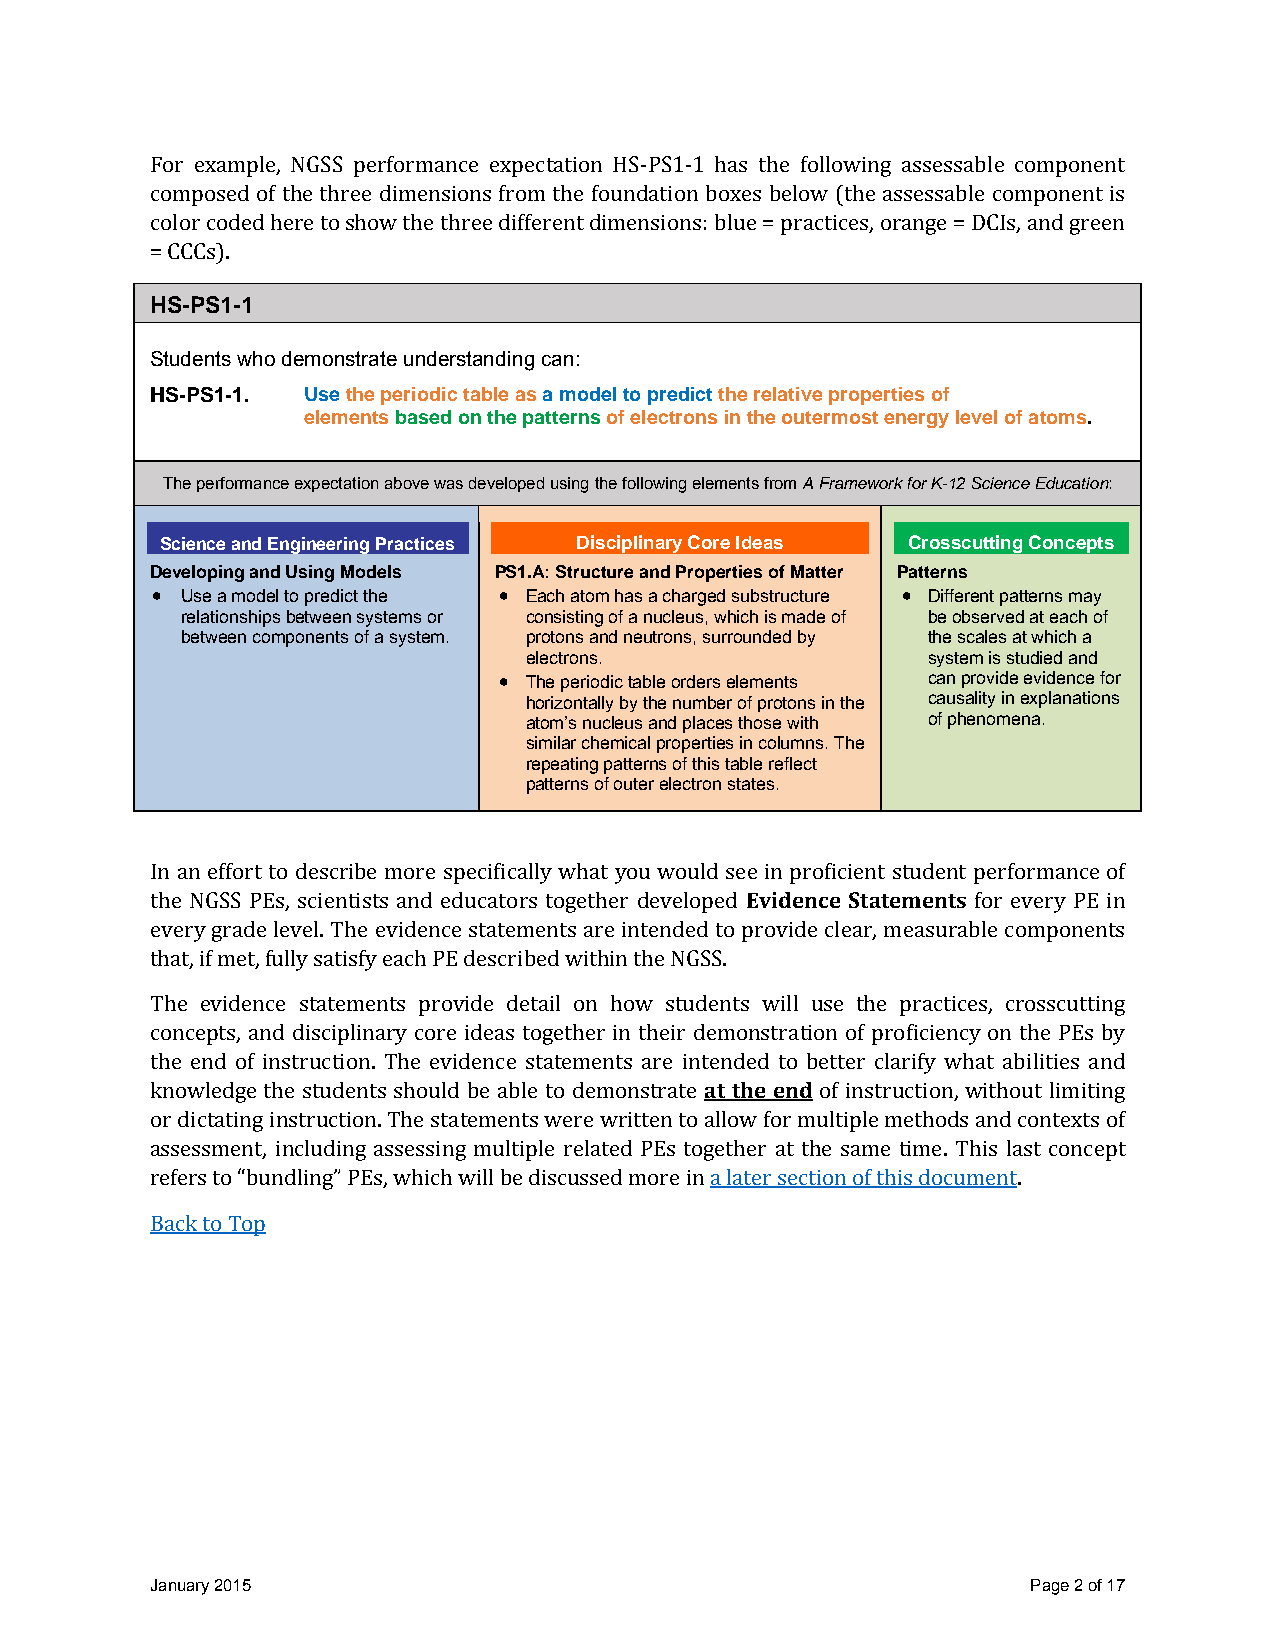
For example, NGSS performance expectation HS-PS1-1 has the following assessable component
 composed of the three dimensions from the foundation boxes below (the assessable component is
 color coded here to show the three different dimensions: blue = practices, orange = DCIs, and green
 = CCCs).
 HS-PS1-1
 Students who demonstrate understanding can:
 HS-PS1-1. Use the periodic table as a model to predict the relative properties of
 elements based on the patterns of electrons in the outermost energy level of atoms.
 The performance expectation above was developed using the following elements from A Framework for K-12 Science Education:
 Science and Engineering Practices Disciplinary Core Ideas Crosscutting Concepts
 Developing and Using Models PS1.A: Structure and Properties of Matter Patterns
  Use a model to predict the  Each atom has a charged substructure  Different patterns may
 relationships between systems or consisting of a nucleus, which is made of be observed at each of
 between components of a system. protons and neutrons, surrounded by the scales at which a
 electrons.                system is studied and
  The periodic table orders elements can provide evidence for
 horizontally by the number of protons in the causality in explanations
 atom’s nucleus and places those with of phenomena.
 similar chemical properties in columns. The
 repeating patterns of this table reflect
 patterns of outer electron states.
 In an effort to describe more specifically what you would see in proficient student performance of
 the NGSS PEs, scientists and educators together developed Evidence Statements for every PE in
 every grade level. The evidence statements are intended to provide clear, measurable components
 that, if met, fully satisfy each PE described within the NGSS.
 The evidence statements provide detail on how students will use the practices, crosscutting
 concepts, and disciplinary core ideas together in their demonstration of proficiency on the PEs by
 the end of instruction. The evidence statements are intended to better clarify what abilities and
 knowledge the students should be able to demonstrate at the end of instruction, without limiting
 or dictating instruction. The statements were written to allow for multiple methods and contexts of
 assessment, including assessing multiple related PEs together at the same time. This last concept
 refers to “bundling” PEs, which will be discussed more in a later section of this document.
 Back to Top
 January 2015                                              Page 2 of 17